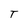
Character: T